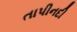
તાપીનદી